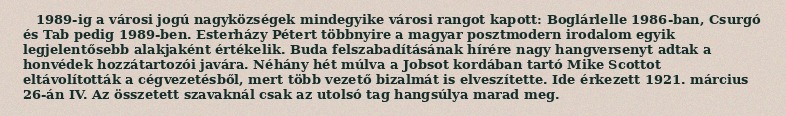
1989-ig a városi jogú nagyközségek mindegyike városi rangot kapott: Boglárlelle 1986-ban, Csurgó és Tab pedig 1989-ben. Esterházy Pétert többnyire a magyar posztmodern irodalom egyik legjelentősebb alakjaként értékelik. Buda felszabadításának hírére nagy hangversenyt adtak a honvédek hozzátartozói javára. Néhány hét múlva a Jobsot kordában tartó Mike Scottot eltávolították a cégvezetésből, mert több vezető bizalmát is elveszítette. Ide érkezett 1921. március 26-án IV. Az összetett szavaknál csak az utolsó tag hangsúlya marad meg.